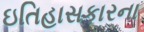
ઇતિહાસકારના